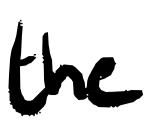
Text: the
Cross-out: clean
Writing tool: digital_black